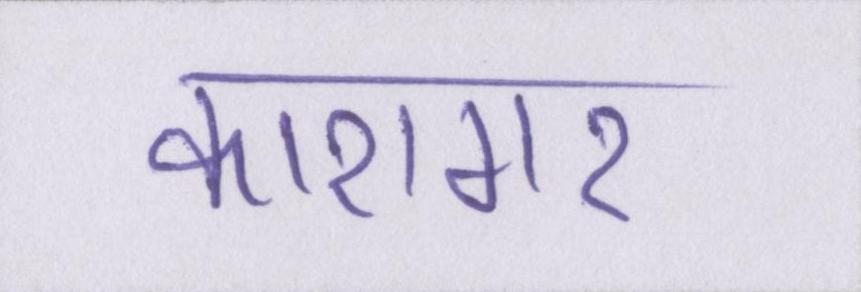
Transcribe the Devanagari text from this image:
कारागर